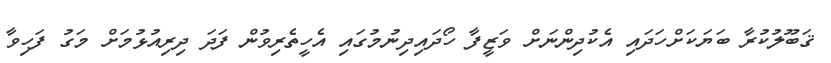
ޤަބޫލުކުރާ ބަޔަކަށްހަދައި އެކުދިންނަށް ވަޒީފާ ހޯދައިދިނުމުގައި އެހީތެރިވުން ފަދަ ދިރިއުޅުމަށް މަގު ފަހިވާ